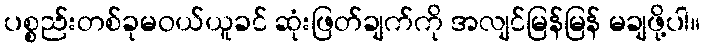
ပစ္စည်းတစ်ခုမဝယ်ယူခင် ဆုံးဖြတ်ချက်ကို အလျင်မြန်မြန် မချဖို့ပါ။